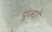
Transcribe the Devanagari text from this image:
पूज्‍यो